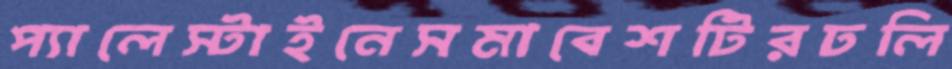
প্যালেস্টাইনেসমাবেশটিরঢলি